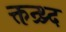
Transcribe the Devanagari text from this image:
क्तन्र्थ्र्द